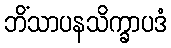
ဘိံသာပနသိက္ခာပဒံ